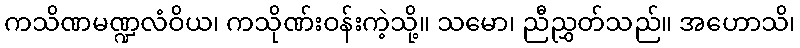
ကသိဏမဏ္ဍလံဝိယ၊ ကသိုဏ်းဝန်းကဲ့သို့။ သမော၊ ညီညွှတ်သည်။ အဟောသိ၊